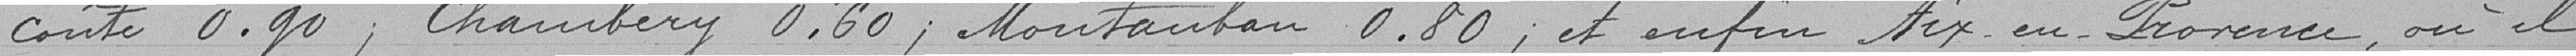
coûte 0.fr90, Chambéry 0.f60, Montauban 0.f80, et enfin Aix-en-Provence, où il